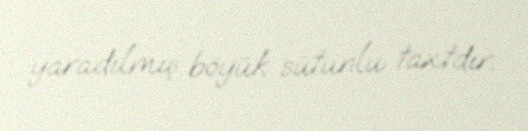
yaradılmış böyük sütunlu taxtdır.